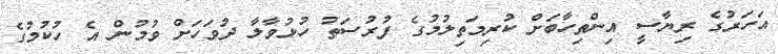
އަހަރުގެ ރިޔާސީ އިންތިހާބަށް ކުރިމަތިލުމުގެ ފުރުސަތު ހުޅުވާލާ ދުވަހަށް ވުމުން އެ ހުކުމުގެ